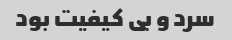
سرد و بی کیفیت بود